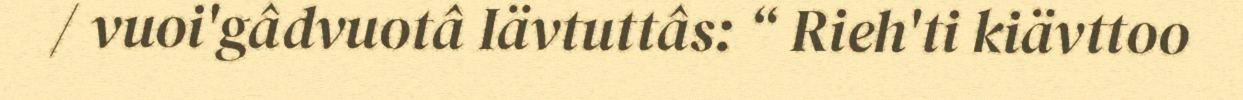
/ vuoi'gâdvuotâ Iävtuttâs: “ Rieh'ti kiävttoo